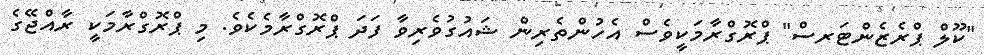
"ކޫލް ޕްރެޒެންޓަރސް" ޕްރޮގްރާމަކީވެސް އެހުންތެރިން ޝައުގުވެރިވާ ފަދަ ޕްރޮގްރާމެކެވެ. މި ޕްރޮގްރާމަކީ ރާއްޖޭގެ